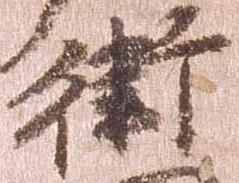
衛